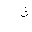
Letter: _tha